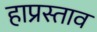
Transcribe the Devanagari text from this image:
हाप्रस्ताव